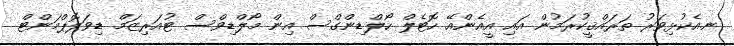
ނ.އެކުޅިވަރު ތަރައްޤީކުރަމުން އައި އީއެންއޭ ހޮޓެލް ހޯލްޑިންގްސް އިން މޯލްޑިވްސް ޓުއަރިޒަމް ޑިވަލޮޕްމަންޓް